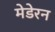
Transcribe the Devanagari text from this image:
मेडेरन